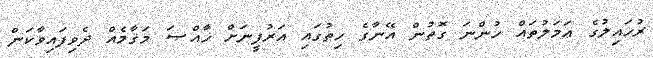
ރުހައިލުގެ ޢަމަލުތައް ހުންނަ ގޮތުން އޭނާގެ ހިތުގައި އަރުފީނަށް ޚާއްޞަ މަޤާމެއް ދެވިފައިވާކަން